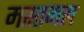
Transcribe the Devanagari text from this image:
मस्तमल